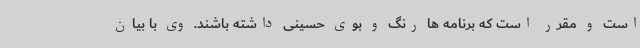
است و مقرر است که برنامه ها رنگ و بوی حسینی داشته باشند. وی با بیان